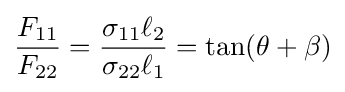
{\frac {F_{11}}{F_{22}}}={\frac {\sigma _{11}\ell _{2}}{\sigma _{22}\ell _{1}}}=\tan(\theta +\beta )